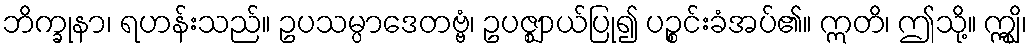
ဘိက္ခုနာ၊ ရဟန်းသည်။ ဥပသမ္ပာဒေတဗ္ဗံ၊ ဥပဇ္ဈာယ်ပြု၍ ပဉ္စင်းခံအပ်၏။ ဣတိ၊ ဤသို့။ ဣျွှိ၊